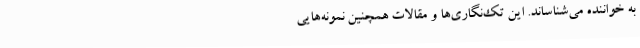
به خواننده می‌شناساند. این تک‌نگاری‌ها و مقالات همچنین نمونه‌هایی